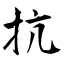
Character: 抗